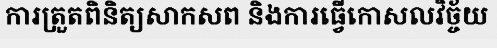
ការត្រួតពិនិត្យសាកសព និងការធ្វើកោសលវិច្ច័យ